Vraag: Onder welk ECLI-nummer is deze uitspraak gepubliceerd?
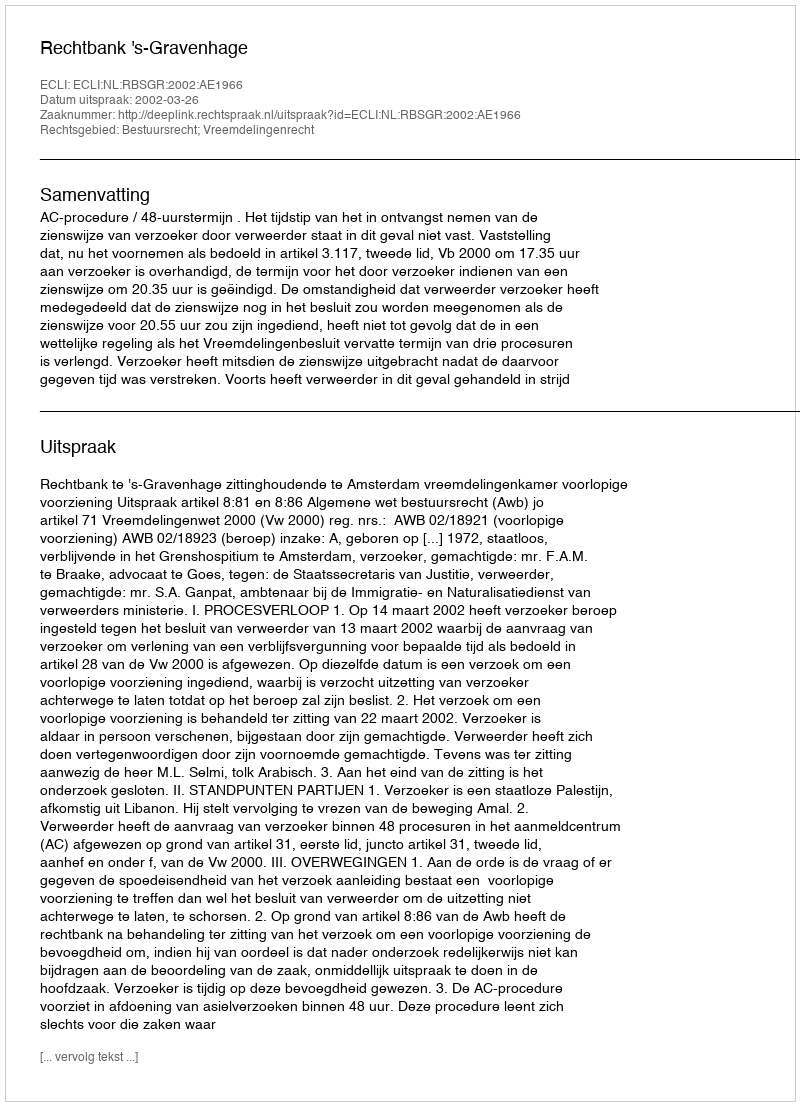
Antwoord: ECLI:NL:RBSGR:2002:AE1966